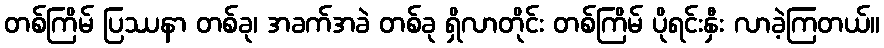
တစ်ကြိမ် ပြဿနာ တစ်ခု၊ အခက်အခဲ တစ်ခု ရှိလာတိုင်း တစ်ကြိမ် ပိုရင်းနှီး လာခဲ့ကြတယ်။